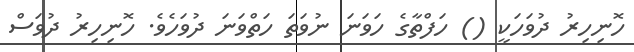
ހޮނިހިރު ދުވަހަކީ () ހަފްތާގެ ހަވަނަ ނުވަތަ ހަތްވަނަ ދުވަހެވެ. ހޮނިހިރު ދުވަސް